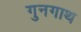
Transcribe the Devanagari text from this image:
गुनगाथ